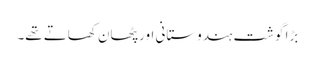
بڑا گوشت ہندوستانی اور پٹھان کھاتے تھے۔